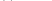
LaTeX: \smash{\mathfrak{n}^{\mathrm{{~t~h~}}}}